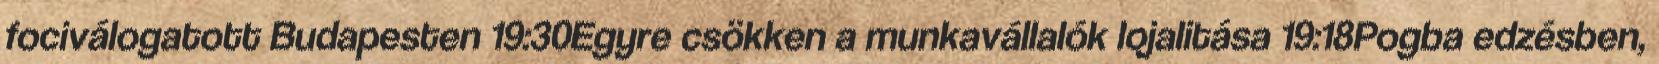
fociválogatott Budapesten 19:30Egyre csökken a munkavállalók lojalitása 19:18Pogba edzésben,